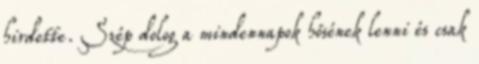
hirdette. Szép dolog a mindennapok hősének lenni és csak